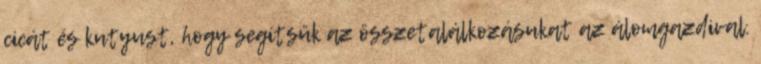
cicát és kutyust, hogy segítsük az ­összetalálkozásukat az álomgazdival.